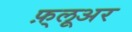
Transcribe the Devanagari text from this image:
फ़्लूअर